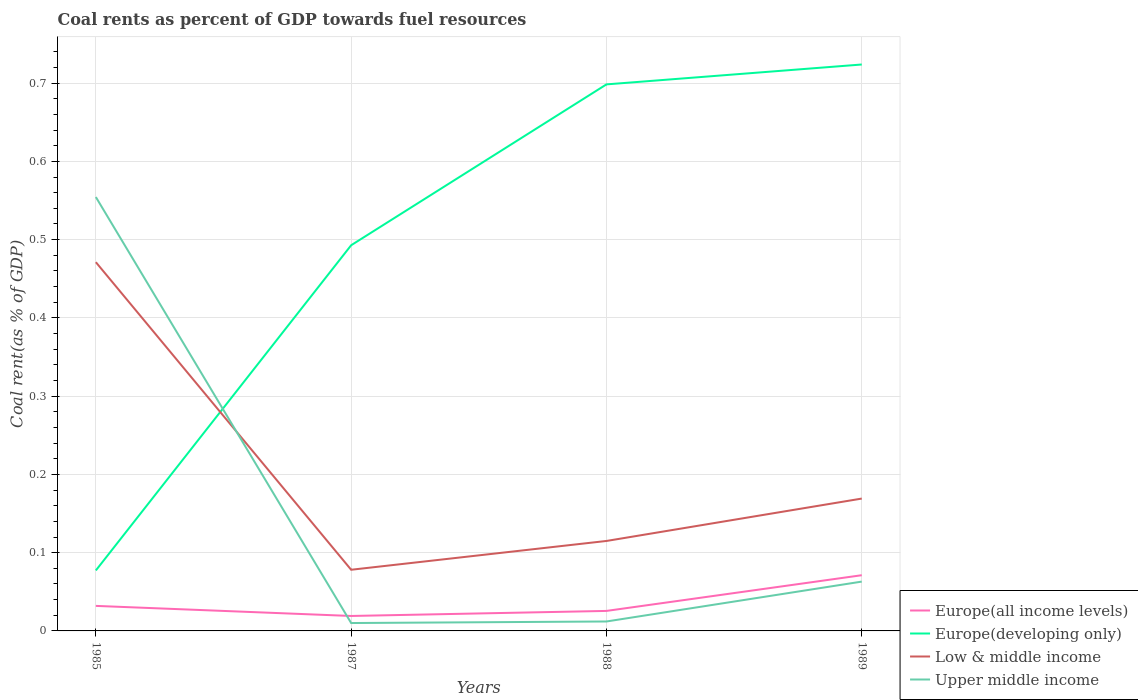
| Years | Europe(all income levels) | Europe(developing only) | Low & middle income | Upper middle income |
 | --- | --- | --- | --- | --- |
 | 1985 | 0.032 | 0.0773 | 0.471 | 0.554 |
 | 1987 | 0.0191 | 0.493 | 0.0782 | 0.0101 |
 | 1988 | 0.0256 | 0.698 | 0.115 | 0.0121 |
 | 1989 | 0.0712 | 0.724 | 0.169 | 0.063 |